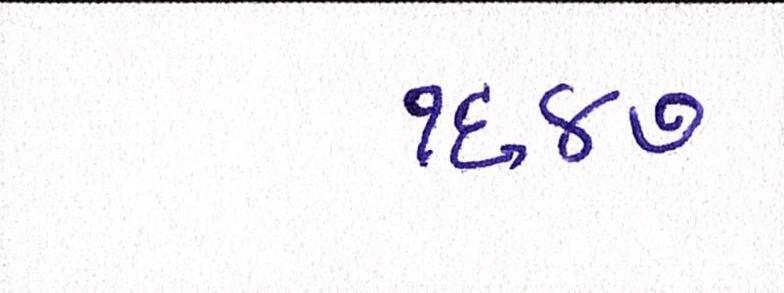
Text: ૧૬૪૭